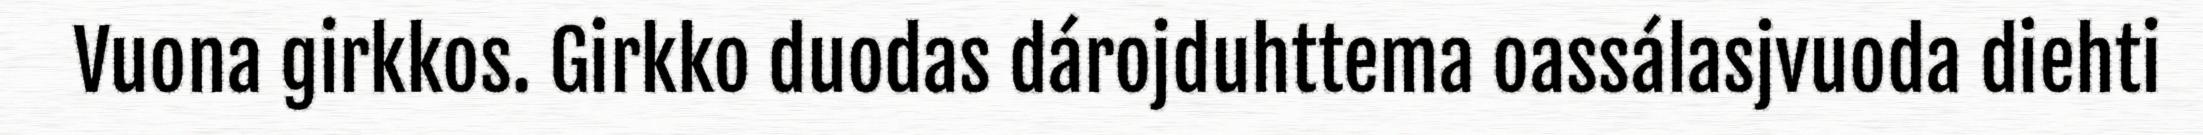
Vuona girkkos. Girkko duodas dárojduhttema oassálasjvuoda diehti